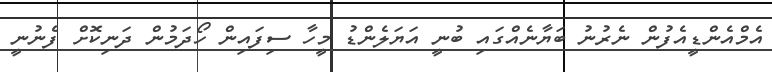
އެމްއެންޑީއެފުން ނެރުނު ބަޔާނެއްގައި ބުނީ އަޔަލެންޑު މީހާ ސިފައިން ހޯދަމުން ދަނިކޮށް ފެނުނީ